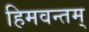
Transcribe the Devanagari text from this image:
हिमवन्तम्